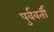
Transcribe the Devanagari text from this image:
पुर्ववर्ती